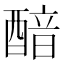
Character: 䤃